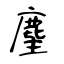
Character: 麈